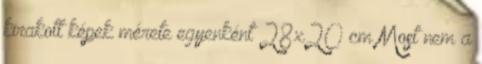
kirakott képek mérete egyenként 28x20 cm Most nem a